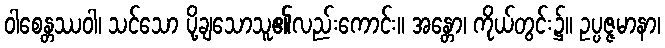
ဝါစေန္တဿဝါ၊ သင်သော ပို့ချသောသူ၏လည်းကောင်း။ အန္တော၊ ကိုယ်တွင်း၌။ ဥပ္ပဇ္ဇမာနာ၊